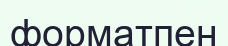
форматпен